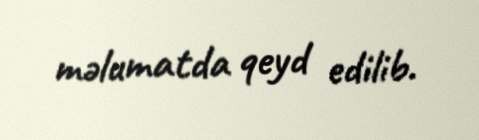
məlumatda qeyd edilib.